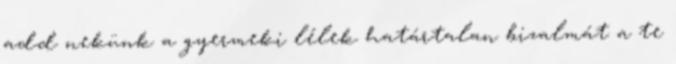
add nekünk a gyermeki lélek határtalan bizalmát a te